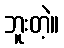
ဘူးတဲ့။